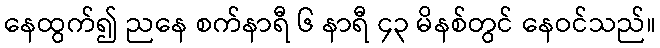
နေထွက်၍ ညနေ စက်နာရီ ၆ နာရီ ၄၃ မိနစ်တွင် နေဝင်သည်။